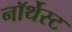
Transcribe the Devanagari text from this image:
नॉर्थेस्ट